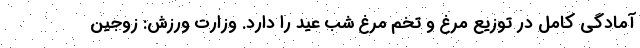
آمادگی کامل در توزیع مرغ و تخم مرغ شب عید را دارد. وزارت ورزش: زوجین